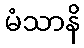
မံသာနိ